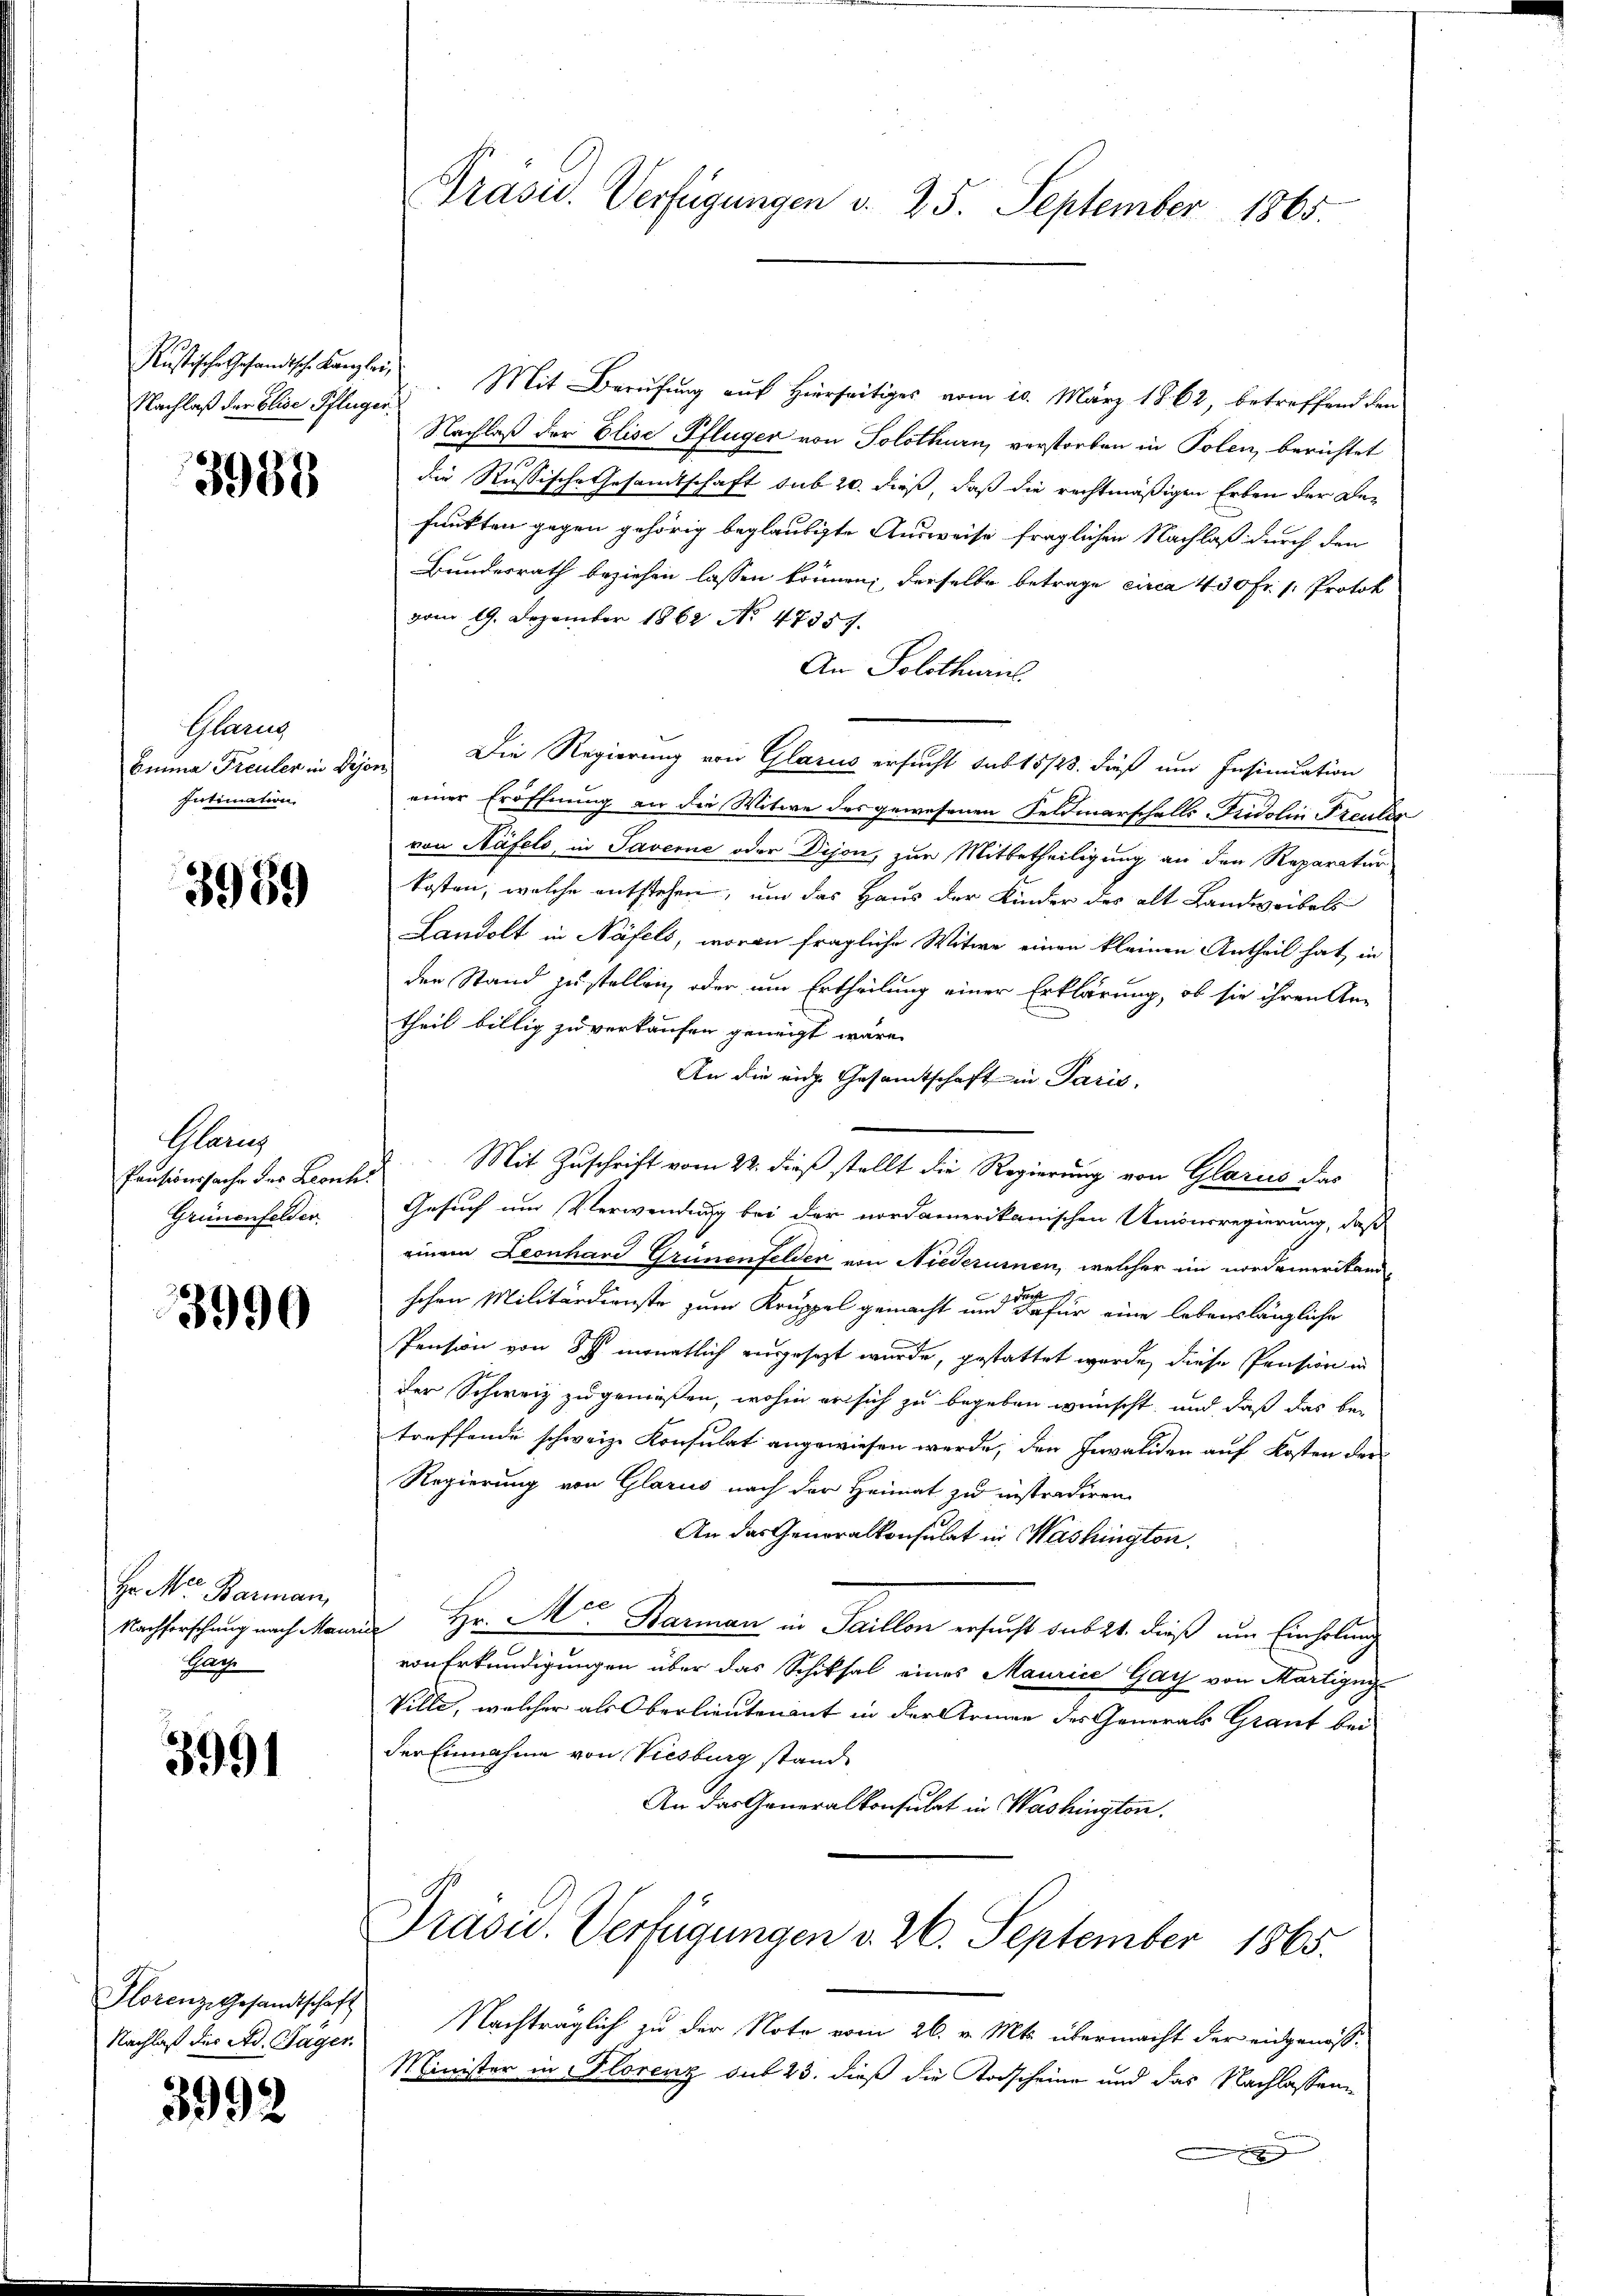
Nachlaß der Elise Pflüger

3988

Glarus
Einna Freuler in Dijon
Intimation.

3989

Glanz
Pensionssache der Leonh
Grünenfelder

3990

Hr. Mts. Barman
Nachforschung nach Mau
Gage

3991

Florenz Gesamtschaft
Nachlaß des Ad. Täger

3992

Rustische Gesandtsch. Kanzlei. Mit Berufung auf Hierseitiges vom 10. März 1862, betreffend den
Nachlaß der Elise Pflüger von Solothurn, verstorben in Polen, berichtet
die Russische Gesandtschaft sub 20. dieß, daß die rechtmäßigen Erben der Defunkten gegen gehörig beglaubigte Ausweise fraglichen Nachlaß durch den
Bundesrath beziehen lassen können, derselbe betrage circa 450 Fr. 1. Protok
vom 19. Dezember 1862 No 47357.
An Solothurn.
Die Regierung von Glarus ersucht sub 15/23. dieß und Insinuation
einer Eröffnung an die Witwe des gewesenen Feldmarschalls-Fridolin Freuter
von Näfels, in Saverne oder Dijon, zur Mitbetheiligung an den Reparatur
kosten, welche entstehen, und das Haus der Kinder des alt Landweibes
Landolt in Näfels, woran fragliche Witwe einen kleinen Antheil hat, in
der Stand zu stellen, oder um Ertheilung einer Erklärung, ob sie ihren An-
theil billig zu verkaufen geneigt wäre.
An die eidge Gesamtschaft in Paris.
Mit Zuschrift vom 22. dieß stellt die Regierung von Glarus das
Gesuch und Verwendung bei der nordamerikanischen Unionsregierung, daß
einem Leonhard Grünenfelder von Niederumen, welcher im nordamerikan
schen Militärdienste zum Krüppel gemacht und dafür eine lobenslängliche
Pension von 8 monatlich ausgesezt wurde, gestattet wurde, diese Pension in
der Schweiz zu genoßen, wohin er sich zu begeben wünscht, und daß das betreffende schweiz. Konsulat angewiesen werde, den Invaliden auf Kosten der
Regierung von Glarus nach der Heimat zu instradiren,
An das Generalkonsulat in Washington.
 Hr. Mer Harman in Saillon ersucht das 24. dieß um Einholung
von Erkundigungen über das Schiksal eines Maurice Gay von Martigny
Ville, welcher als Oberlieutenant in der Armen des Generals Graut bei
der Einnahme von Viesburg stand
An das Generalkonsulat in Washington.
Präsid.. Verfügungen v. 26. September 1865.
Nachträglich zu der Note vom 26. v. Mts. übermacht der eidgenoss¬
Minister in Florenz sub 23. dieß die Todscheine und das Nachlassen
i

Präsid. Verfügungen d. 25. September 1865.